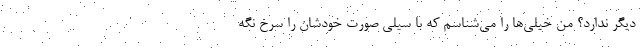
دیگر ندارد؟ من خیلی‌ها را می‌شناسم که با سیلی صورت خودشان را سرخ نگه